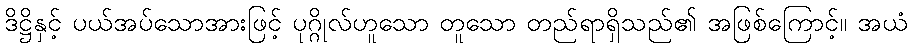
ဒိဋ္ဌိနှင့် ပယ်အပ်သောအားဖြင့် ပုဂ္ဂိုလ်ဟူသော တူသော တည်ရာရှိသည်၏ အဖြစ်ကြောင့်။ အယံ